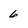
Character: 6